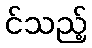
င်သည့်